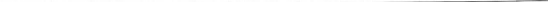
___